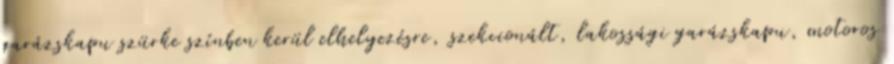
garázskapu szürke színben kerül elhelyezésre, szekcionált, lakossági garázskapu, motoros